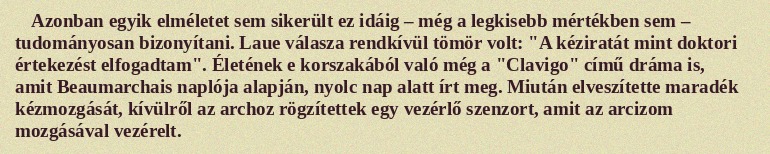
Azonban egyik elméletet sem sikerült ez idáig – még a legkisebb mértékben sem – tudományosan bizonyítani. Laue válasza rendkívül tömör volt: "A kéziratát mint doktori értekezést elfogadtam". Életének e korszakából való még a "Clavigo" című dráma is, amit Beaumarchais naplója alapján, nyolc nap alatt írt meg. Miután elveszítette maradék kézmozgását, kívülről az archoz rögzítettek egy vezérlő szenzort, amit az arcizom mozgásával vezérelt.